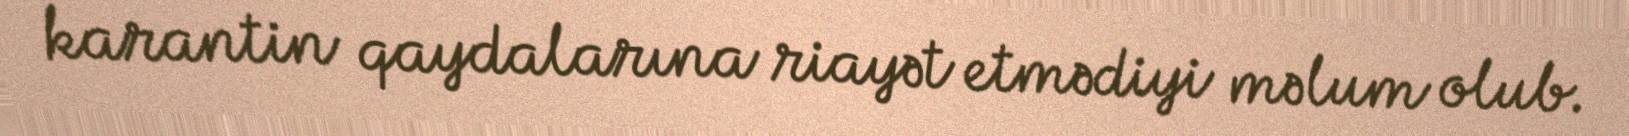
karantin qaydalarına riayət etmədiyi məlum olub.